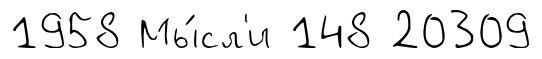
1958 Мы́сл'и 148 20309